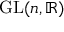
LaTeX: \operatorname { G L } ( n , \mathbb { R } )